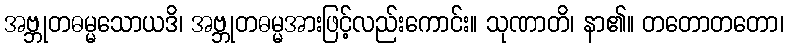
အဗ္ဘုတဓမ္မသောယဒိ၊ အဗ္ဘုတဓမ္မအားဖြင့်လည်းကောင်း။ သုဏာတိ၊ နာ၏။ တတောတတော၊